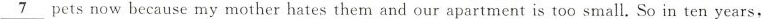
\underline{7} pets now because my mother hates them and our apartment is too small. So in ten years